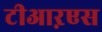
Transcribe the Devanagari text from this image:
टीआऱएस